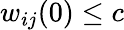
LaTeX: w_{ij}(0)\leq c